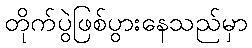
တိုက်ပွဲဖြစ်ပွားနေသည်မှာ